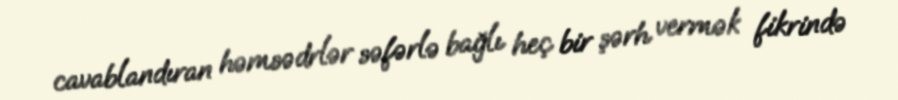
cavablandıran həmsədrlər səfərlə bağlı heç bir şərh vermək fikrində